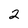
Character: 2